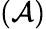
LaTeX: (\mathcal{A})